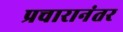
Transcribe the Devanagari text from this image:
प्रचारानंतर